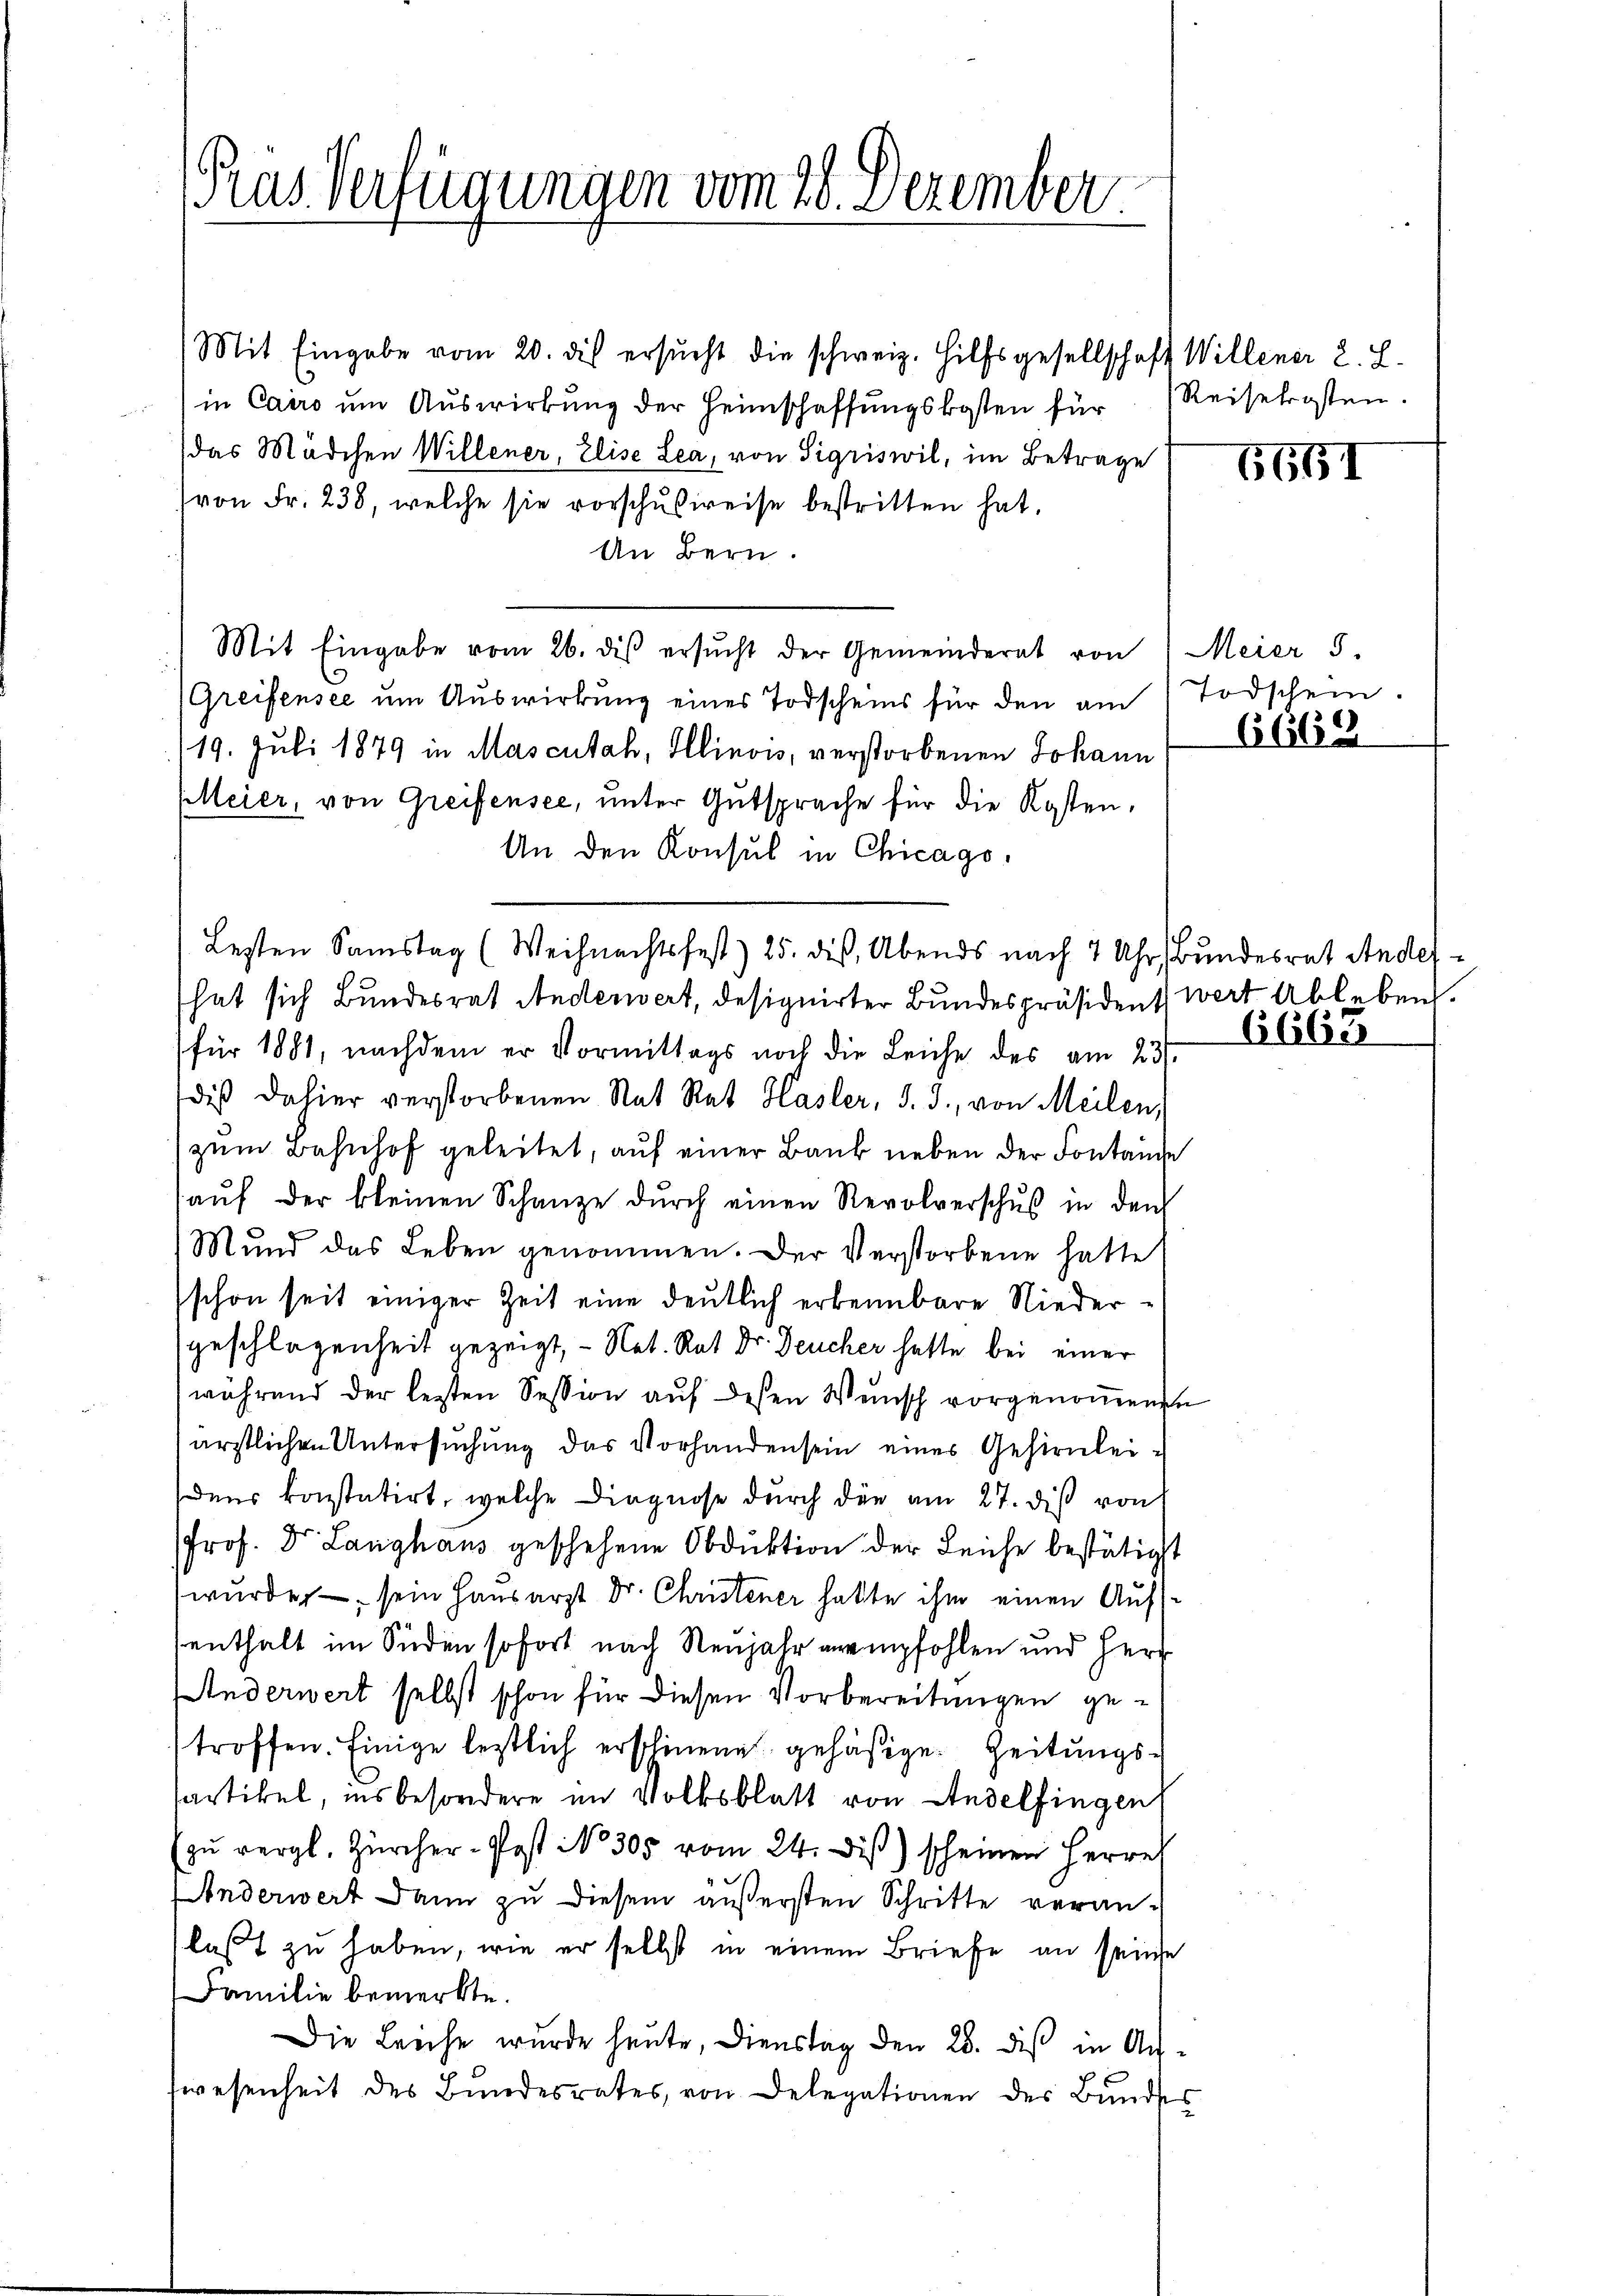
(Pras Verfügungen vom 18. Dezember

Mit Eingabe vom 20. die ersŭcht die schweiz. Hilfsgesellschaft Willener 2. L.
in Cairo ŭm Aŭswirkŭng der Heimschaffŭngskosten für Reisekosten.
das Mädchen Willener, Elise Lea, von Sigriswil, im Betrage
(von Fr. 238, welche sie vorschŭsweise bestritten hat.
An Bern.
Mit Eingabe vom 26. diβ ersŭcht der Gemeinderat von Meier 5.
Greifensee um Auswirkung eines Todscheins für den am Todschein.
19. Juli 1879 in Mascutah, Illinois, verstorbenen Johann
Meier, von Greifensee, unter Gutsprache für die Kosten,
An den Konsul in Chicago.
hat sich Bundesrat Andenwert, designirter Bundespräsident wert Ableben.
für 1881, nachdem er Vormittags noch die Leiche des am 23.
dis dahier verstorbenen Rat Rat Hasler, d. J., von Meilen,
zŭm Bahnhof geleitet, auf einer Bank neben der Fontande
(auf der kleinen Schanze durch einen Revolverschuß in den
Mŭnd das Leben genommen. Der Verstorbene hatte
schon seit einiger Zeit eine deutlich erkennbare Niedergeschlagenheit gezeigt, - Nat. Rat Dr. Deucher hatte bei einer
während der letzten Session aŭf dessen Wŭnsch vorgenoṁenen
ärztlichen Untersuchung das Vorhanden sein eines Gehirnleidens konstatirt, welche Diagnose durch die am 27. dis von
Prof. Dr. Langhaus geschehene Obduktion der Leiche bestätigt
wurde, – sein Hausarzt Dr. Christener hatte ihm einen Aufsenthalt im Süden sofort nach Neujahr anempfohlen und Herr
Anderwert selbst schon für diesen Vorbereitungen getroffen. Einige leztlich erschinene gehäßige Zeitungs-
sartikel, insbesondere im Volksblatt von Andelfingen
(zŭ vergl. Zürcher-Post No 305 vom 24. diβ) scheinen Herrn
Anderwert dann zu diesem äußersten Schritte veranlaßt zu haben, wie er selbst in einem Briefe an seine
Familie bemerkte.
Die Leiche wurde heute, Dienstag den 26. dis in Answesenheit des Bundesrates, von Delegationen des Bundes

Lezten Samstag (Weihnachtsfest) 25. dies, Abends nach 7 Uhr Bundesrat Ander-

6651

6662

6665